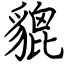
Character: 貔